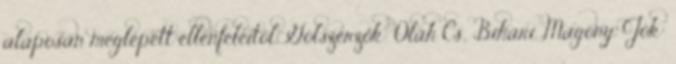
alaposan meglépett ellenfeleitől. Gólszerzők: Oláh Cs., Bihari, Magony. Jók: